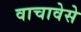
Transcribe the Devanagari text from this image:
वाचावेसे